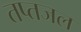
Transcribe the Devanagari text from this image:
तप्तजल